Report of the Indian Hemp Drugs Commission, 1894-1895 - Volume III
Year: 1894
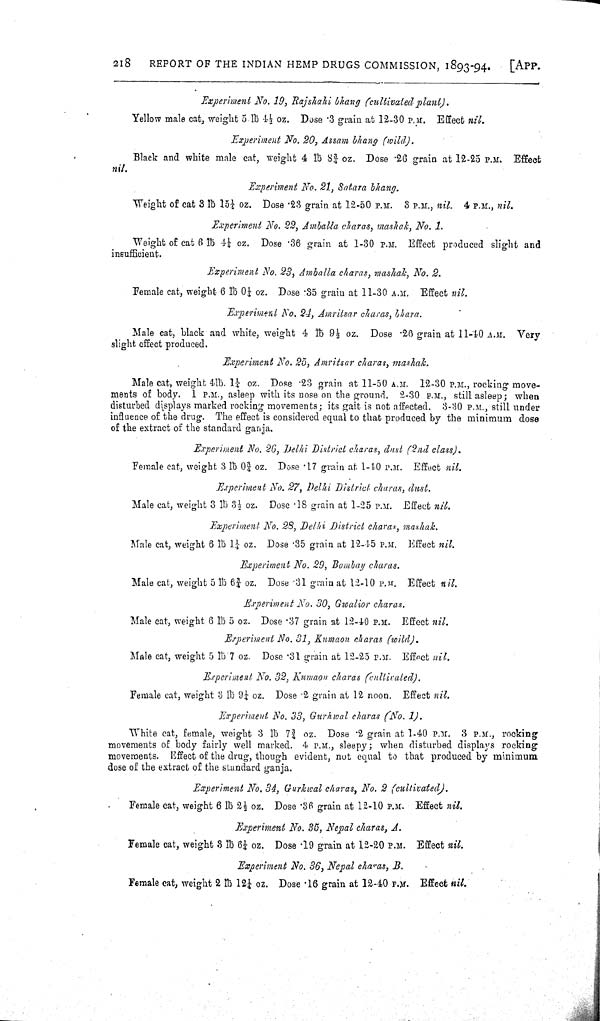
218
REPORT OF THE INDIAN HEMP DRUGS COMMISSION, 1893-94.
[APP.
Experiment No. 19, Rajshahi bhang (cultivated plant).
Yellow male cat, weight 5.lb 41/2 oz. Dose .3 grain at 12-30 P.M. Effect nil.
Experiment No. 20, Assam bhang (wild).
Black and white male cat, weight 4 lb 83/4 oz. Dose .26 grain at 12-25 P.M. Effect
nil.
Experiment No. 21, Satara bhang.
Weight of cat 3 lb 151/4 oz. Dose .23 grain at 12-50 P.M. 3 P.M., nil. 4 P.M., nil.
Experiment No. 22, Amballa charas, mashak, No. 1.
Weight of cat 6 lb 41/4 oz. Dose .36 grain at 1-30 P.M. Effect produced slight and
insufficient.
Experiment No. 23, Amballa charas, mashak, No. 2.
Female cat, weight 6 lb 011/2 oz. Dose:35 grain at 11-30 A.M. Effect nil.
Experiment No. 24, Amritsar charas, bhara.
Male cat, black and white, weight 4 lb 91/2 oz. Dose .26 grain at 11-40 A.M. Very
slight effect produced.
Experiment No. 25, Amritsar charas, mashak.
Male cat, weight 4lb. 11/4 oz. Dose .23 grain at 11-50 A.M. 12-30 P.M., rocking move-
ments of body. 1 P.M., asleep with its nose on the ground. 2-30 P.M., still asleep; when
disturbed displays marked rocking movements; its gait is not affected. 3-30 P.M., still under
influence of the drug. The effect is considered equal to that produced by the minimum dose
of the extract of the standard ganja.
Experiment No. 26, Delhi District charas, dust (2nd class).
Female cat, weight 3 lb 03/4 oz. Dose .17 grain at 1-40 P.M. Effect nil.
Experiment No. 27, Delhi District charas, dust.
Male cat, weight 3 lb 31/2 oz. Dose .18 grain at 1-25 P.M. Effect nil.
Experiment No. 28, Delhi District charas, mashak.
Male cat, weight 6 lb 11/4 oz. Dose .35 grain at 12-45 P.M. Effect nil.
Experiment No. 29, Bombay charas.
Male cat, weight 5 lb 63/4 oz. Dose .31 grain at 12-10 P.M. Effect nil.
Experiment No. 30, Gwalior charas.
Male cat, weight 6 lb 5 oz. Dose .37 grain at 12-40 P.M. Effect nil.
Experiment No. 31, Kumaon charas (wild).
Male cat, weight 5 lb 7 oz. Dose .31 grain at 12-25 P.M. Effect nil.
Experiment No. 32, Kumaon charas (cultivated).
Female cat, weight 3 lb 91/4 oz. Dose .2 grain at 12 noon. Effect nil.
Experiment No. 33, Gurhwal charas (No. 1).
White cat, female, weight 3 lb 73/4 oz. Dose .2 grain at 1-40 P.M. 3 P.M., rocking
movements of body fairly well marked. 4 P.M., sleepy; when disturbed displays rocking
movements. Effect of the drug, though evident, not equal to that produced by minimum
dose of the extract of the standard ganja.
Experiment No. 34, Gurkwal charas, No. 2 (cultivated).
Female cat, weight 6 lb 21/2 oz. Dose .36 grain at 12-10 P.M. Effect nil.
Experiment No. 35, Nepal charas, A.
Female cat, weight 3 lb 61/4 oz. Dose .19 grain at 12-20 P.M. Effect nil.
Experiment No. 36, Nepal charas, B.
Female cat, weight 2 lb 121/4 oz. Dose .16 grain at 12-40 P.M. Effect nil.